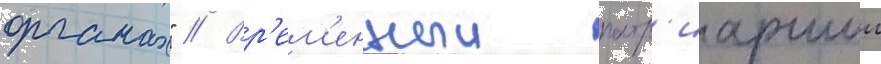
органах" // Вр'ем'енныи патр'иаршии